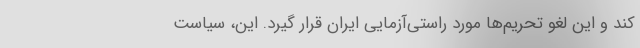
کند و این لغو تحریم‌ها مورد راستی‌آزمایی ایران قرار گیرد. این، سیاست